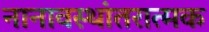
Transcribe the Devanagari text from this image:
नानावस्थांतरात्मक